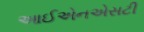
આઈએનએસટી